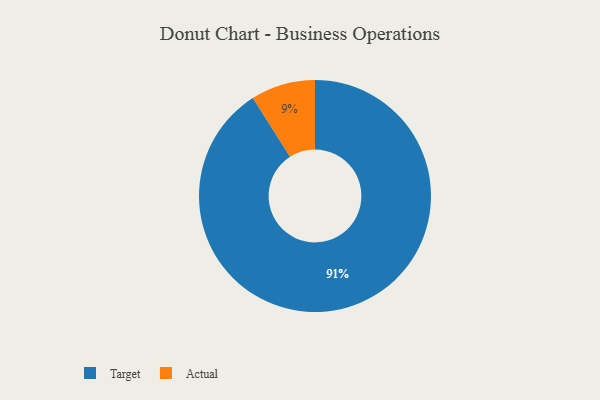
{"axis": {"x": "Category", "y": "Percentage"}, "legend": ["Actual", "Target"], "data": [{"x": "Target", "y": 91, "type": "Target"}, {"x": "Actual", "y": 9, "type": "Actual"}]}